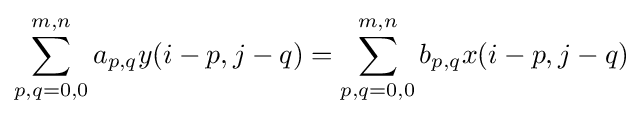
\sum _{p,q=0,0}^{m,n}a_{p,q}y(i-p,j-q)=\sum _{p,q=0,0}^{m,n}b_{p,q}x(i-p,j-q)